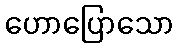
ဟောပြောသော